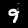
Digit: 9